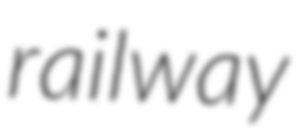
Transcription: railway